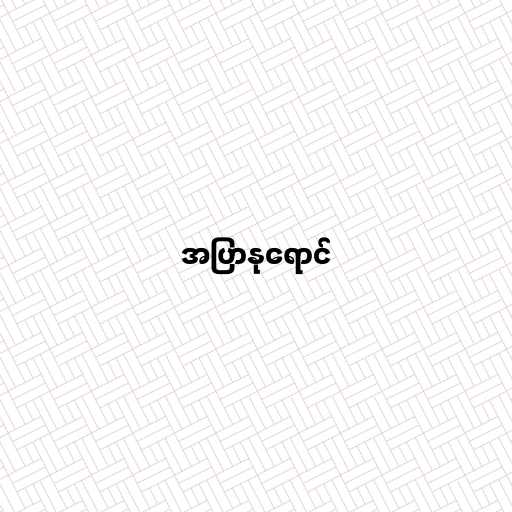
အပြာနုရောင်